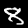
Label: 8